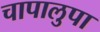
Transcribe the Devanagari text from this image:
चापालुपा